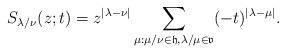
LaTeX: \begin{align*}S_{\lambda/\nu}(z;t)=z^{|\lambda-\nu|}\sum_{\mu: \mu/\nu \in \mathfrak{h}, \lambda/\mu \in \mathfrak{v}}(-t)^{|\lambda-\mu|}.\end{align*}